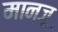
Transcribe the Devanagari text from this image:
मान्जू